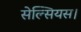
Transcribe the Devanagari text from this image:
सेल्सियस।